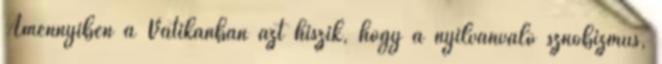
Amennyiben a Vatikánban azt hiszik, hogy a nyilvánvaló sznobizmus,